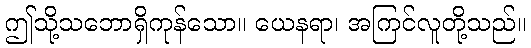
ဤသို့သဘောရှိကုန်သော။ ယေနရာ၊ အကြင်လူတို့သည်။